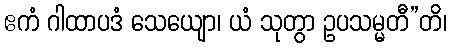
ဧကံ ဂါထာပဒံ သေယျော၊ ယံ သုတွာ ဥပသမ္မတီ”တိ၊